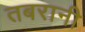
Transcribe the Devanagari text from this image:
तबरानी